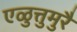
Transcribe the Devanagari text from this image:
एळुत्तुमुरै